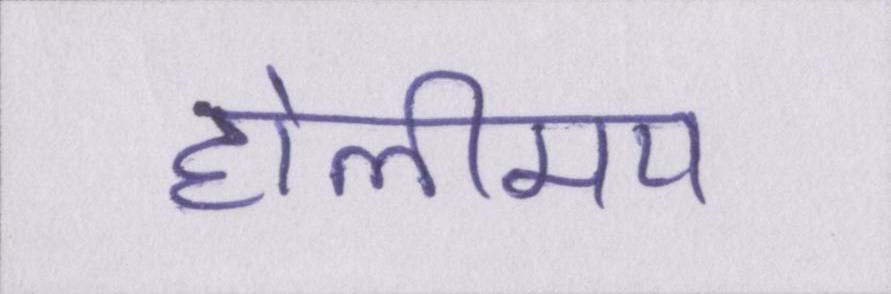
होलीमय